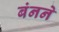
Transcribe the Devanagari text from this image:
बंनने